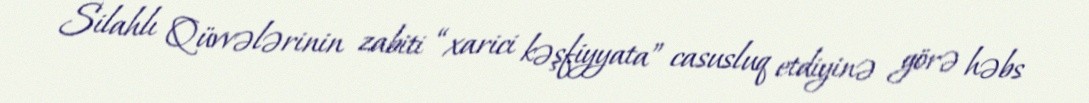
Silahlı Qüvvələrinin zabiti “xarici kəşfiyyata” casusluq etdiyinə görə həbs